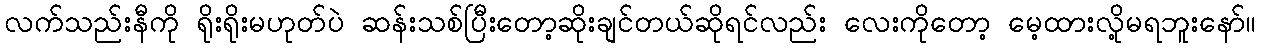
လက်သည်းနီကို ရိုးရိုးမဟုတ်ပဲ ဆန်းသစ်ပြီးတော့ဆိုးချင်တယ်ဆိုရင်လည်း လေးကိုတော့ မေ့ထားလို့မရဘူးနော်။